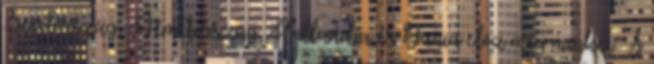
Svédország, Németország, Hollandia és Dánia előz meg minket. A